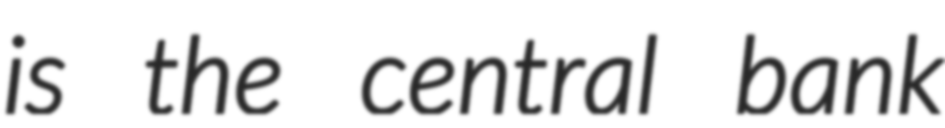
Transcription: is the central bank